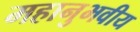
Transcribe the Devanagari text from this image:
महानुभवीय